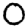
Digit: 0